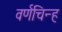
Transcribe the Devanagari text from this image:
वर्णचिन्ह